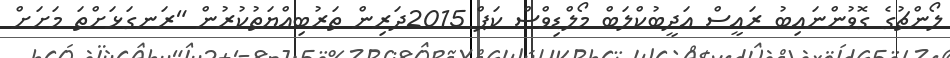
ލޯންޗުގެ ގޮވުންނައިބު ރައީސް އަދީބުކްލަބް މޯލްޑިވްސް ކަޕް 2015ދަރިން ތަރުބިއްޔަތުކުރުން "ރަނގަޅަށްތަ މަށަށް